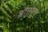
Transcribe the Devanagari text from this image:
श्रौतसुत्रे